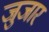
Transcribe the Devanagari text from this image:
जुजार